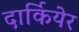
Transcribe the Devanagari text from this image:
दार्कियेर